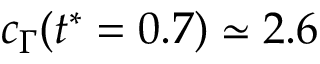
c _ { \Gamma } ( t ^ { * } = 0 . 7 ) \simeq 2 . 6